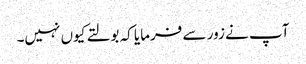
آپ نے زور سے فرمایا کہ بولتے کیوں نہیں۔